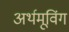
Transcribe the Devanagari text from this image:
अर्थमूविंग